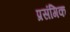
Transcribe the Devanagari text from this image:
प्रसंगिक